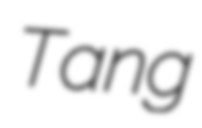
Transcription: Tang